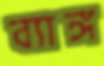
ব্যাঙ্গ